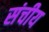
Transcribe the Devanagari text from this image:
संचीय